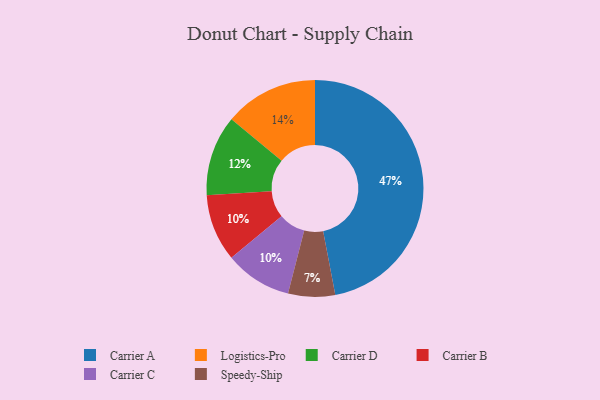
{"axis": {"x": "Category", "y": "Percentage"}, "legend": ["Carrier A", "Carrier B", "Carrier C", "Carrier D", "Logistics-Pro", "Speedy-Ship"], "data": [{"x": "Carrier D", "y": 12, "type": "Carrier D"}, {"x": "Logistics-Pro", "y": 14, "type": "Logistics-Pro"}, {"x": "Carrier B", "y": 10, "type": "Carrier B"}, {"x": "Carrier C", "y": 10, "type": "Carrier C"}, {"x": "Speedy-Ship", "y": 7, "type": "Speedy-Ship"}, {"x": "Carrier A", "y": 47, "type": "Carrier A"}]}